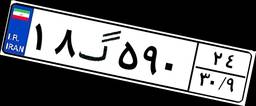
۱۸گ۵۹۰۲۴